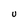
Character: U